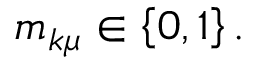
m _ { k \mu } \in \left\{ 0 , 1 \right\} .